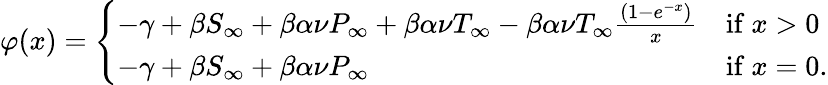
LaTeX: \varphi(x)=\left\{ \begin{array}{ll}{-\gamma+\beta S_{\infty}+\beta\alpha\nu P_{\infty}+\beta\alpha\nu T_{\infty}-\beta\alpha\nu T_{\infty}\frac{(1-e^{-x})}{x}}&{\mathrm{if~}x>0}\\ {-\gamma+\beta S_{\infty}+\beta\alpha\nu P_{\infty}}&{\mathrm{if~}x=0.}\end{array}\right.